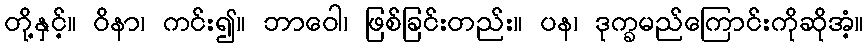
တို့နှင့်။ ဝိနာ၊ ကင်း၍။ ဘာဝေါ၊ ဖြစ်ခြင်းတည်း။ ပန၊ ဒုက္ခမည်ကြောင်းကိုဆိုအံ့။